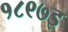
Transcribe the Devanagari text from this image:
१८९७इ